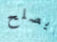
يصلح